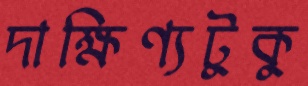
দাক্ষিণ্যটুকু